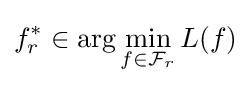
f_{r}^{*}\in \arg \min _{f\in {\mathcal {F}}_{r}}L(f)